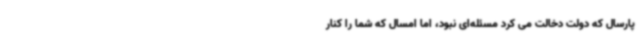
پارسال که دولت دخالت می کرد مسئله‌ای نبود، اما امسال که شما را کنار